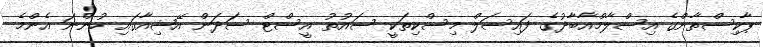
ޕާކިސްތާންގެ އިސްލާމްއާބާދުގެ ފައިސަލް މިސްކިތަކީ ސައުތު އީސްޓް ސަދަން އޭޝިއާގައި ހުންނަ އެންމެ